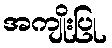
အကျိုးပြု